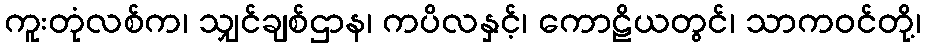
ကူးတုံလစ်က၊ သျှင်ချစ်ဌာန၊ ကပိလနှင့်၊ ကောဠိယတွင်၊ သာကဝင်တို့၊